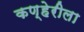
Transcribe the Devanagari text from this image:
कण्हेरीला